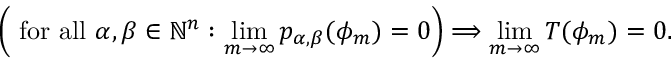
\left( { \mathrm { ~ f o r ~ a l l ~ } } \alpha , \beta \in \mathbb { N } ^ { n } : \operatorname* { l i m } _ { m \to \infty } p _ { \alpha , \beta } ( \phi _ { m } ) = 0 \right) \Longrightarrow \operatorname* { l i m } _ { m \to \infty } T ( \phi _ { m } ) = 0 .